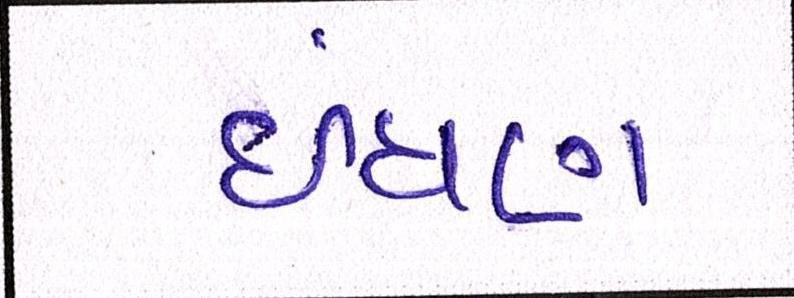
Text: ઈંધણ